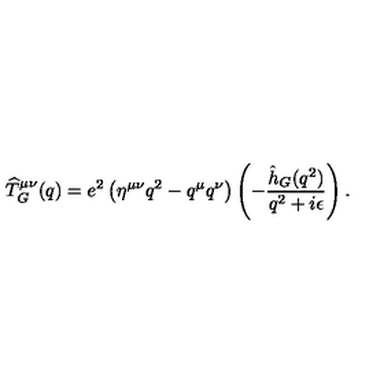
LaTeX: { \widehat T _ { G } } ^ { \mu \nu } ( q ) = e ^ { 2 } \left( \eta ^ { \mu \nu } q ^ { 2 } - q ^ { \mu } q ^ { \nu } \right) \left( - { \frac { \hat { h } _ { G } ( q ^ { 2 } ) } { q ^ { 2 } + i \epsilon } } \right) .